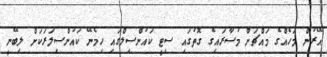
އޭރުން މަހެއްގެ މައްޗަށް މުސާރައިގެ ގޮތުގައި ސިޓީ ކައުންސިލްގައި ހިމެނޭ ކައުންސިލަރަކަށް ލިބޭނީ